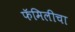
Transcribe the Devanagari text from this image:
फॅमिलीचा